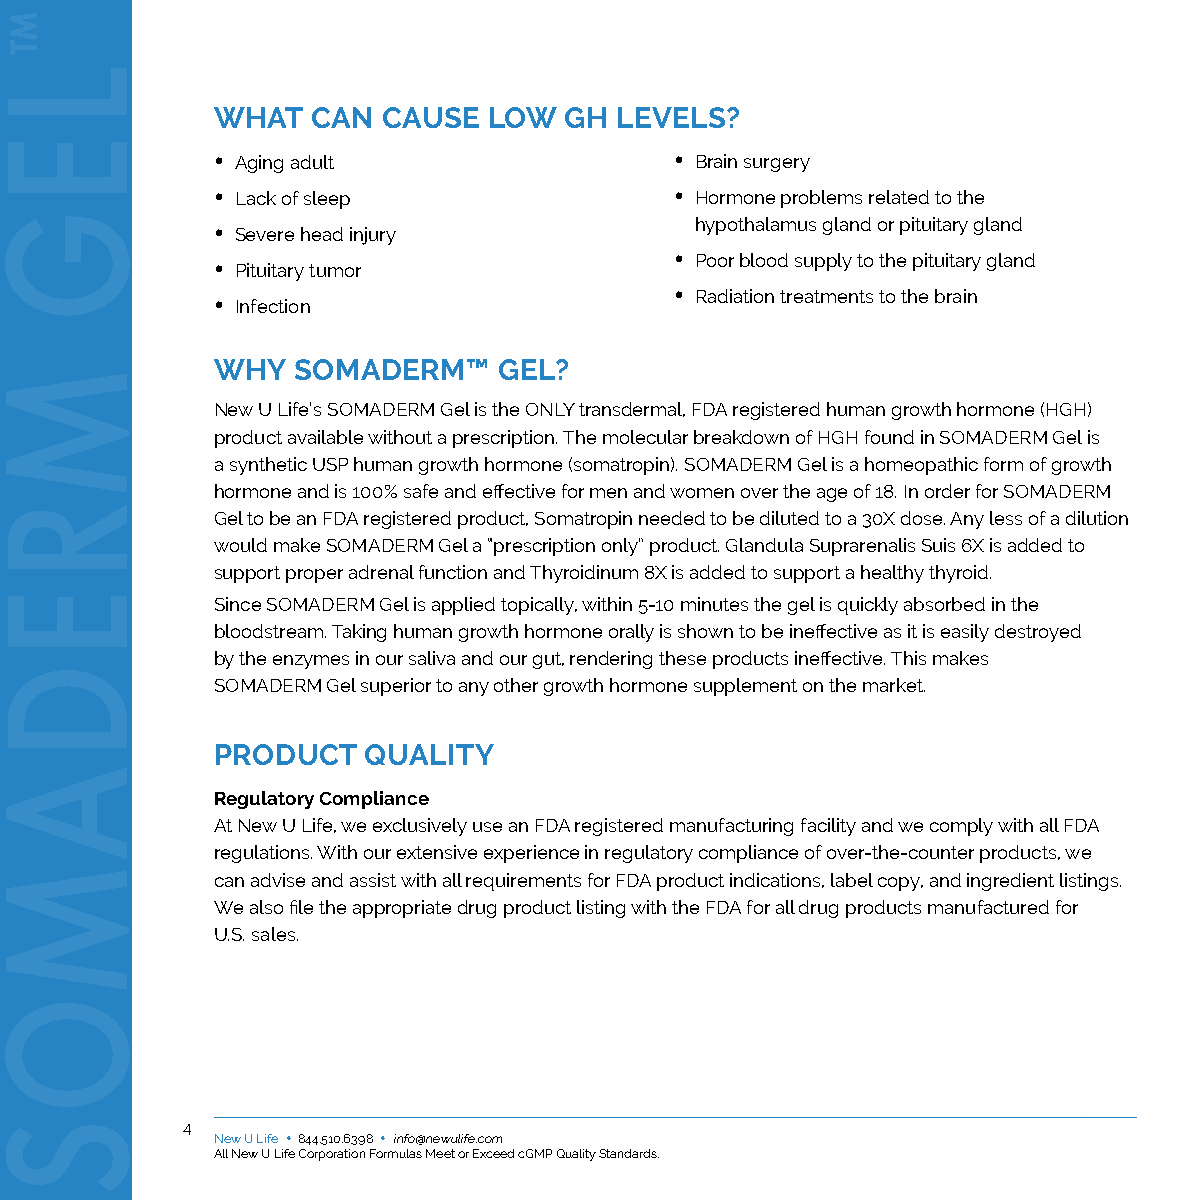
WHAT   CAN CAUSE  LOW  GH  LEVELS?
 • Aging adult                  • Brain surgery
 • Lack of sleep                • Hormone problems related to the
 • Severe head injury            hypothalamus gland or pituitary gland
 • Pituitary tumor              • Poor blood supply to the pituitary gland
 • Infection                    • Radiation treatments to the brain
 WHY  SOMADERM™     GEL?
 New U Life’s SOMADERM Gel is the ONLY transdermal, FDA registered human growth hormone (HGH)
 product available without a prescription. The molecular breakdown of HGH found in SOMADERM Gel is
 a synthetic USP human growth hormone (somatropin). SOMADERM Gel is a homeopathic form of growth
 hormone and is 100% safe and effective for men and women over the age of 18. In order for SOMADERM
 Gel to be an FDA registered product, Somatropin needed to be diluted to a 30X dose. Any less of a dilution
 would make SOMADERM Gel a “prescription only” product. Glandula Suprarenalis Suis 6X is added to
 support proper adrenal function and Thyroidinum 8X is added to support a healthy thyroid.
 Since SOMADERM Gel is applied topically, within 5-10 minutes the gel is quickly absorbed in the
 bloodstream. Taking human growth hormone orally is shown to be ineffective as it is easily destroyed
 by the enzymes in our saliva and our gut, rendering these products ineffective. This makes
 SOMADERM Gel superior to any other growth hormone supplement on the market.
 PRODUCT   QUALITY
 Regulatory Compliance
 At New U Life, we exclusively use an FDA registered manufacturing facility and we comply with all FDA
 regulations. With our extensive experience in regulatory compliance of over-the-counter products, we
 can advise and assist with all requirements for FDA product indications, label copy, and ingredient listings.
 We also file the appropriate drug product listing with the FDA for all drug products manufactured for
 U.S. sales.
 4 New U Life • 844.510.6398 • info@newulife.com
 All New U Life Corporation Formulas Meet or Exceed cGMP Quality Standards.
 ™
 L
 E
 G
 M
 R
 E
 D
 A
 M
 O
 S
 ™
 L
 E
 G
 M
 R
 E
 D
 A
 M
 O
 S